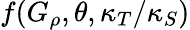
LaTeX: f(G_{\rho},\theta,\kappa_{T}/\kappa_{S})